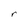
Character: r